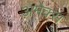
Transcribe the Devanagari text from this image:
अमेक्स